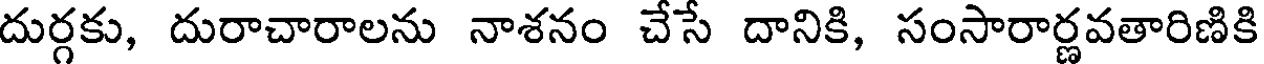
దుర్గకు, దురాచారాలను నాశనం చేసే దానికి, సంసారార్ణవతారిణికి